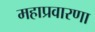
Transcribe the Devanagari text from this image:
महाप्रवारणा